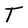
Character: T